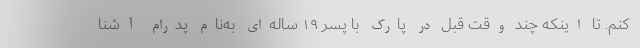
کنم. تا اینکه چند وقت قبل در پارک با پسر ۱۹ ساله‌ای به‌نام پدرام آشنا